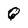
Character: Q